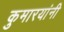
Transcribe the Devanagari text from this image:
कुमारयांनी